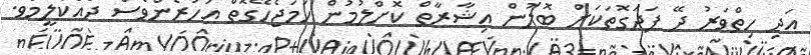
އަދި ހިތްވަރު ދޭ ފަދަގޮތަކަށް ބޮލުން އިޝާރާތް ކޮށްލުމުން ހަމަޖެހޭގޮތް އަހަރެންވެސް ދައްކާލީމެވެ.